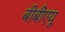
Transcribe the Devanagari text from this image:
बीबीएयू